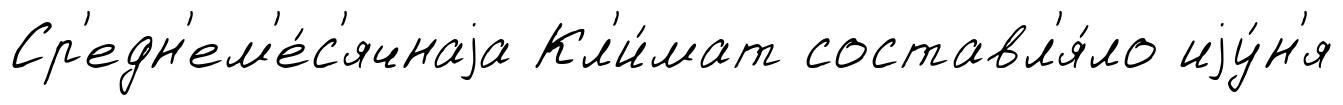
Ср'едн'ем'е́с'ячнаjа Кл'и́мат составл'я́ло иjу́н'я